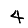
Digit: 4